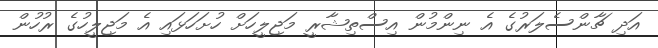
އަދި ޗާންސެލަރުގެ އެ ނިންމުން އިސްތިޝާރީ މަޖިލީހަށް ހުށަހަޅައި އެ މަޖިލީހުގެ ރުހުން